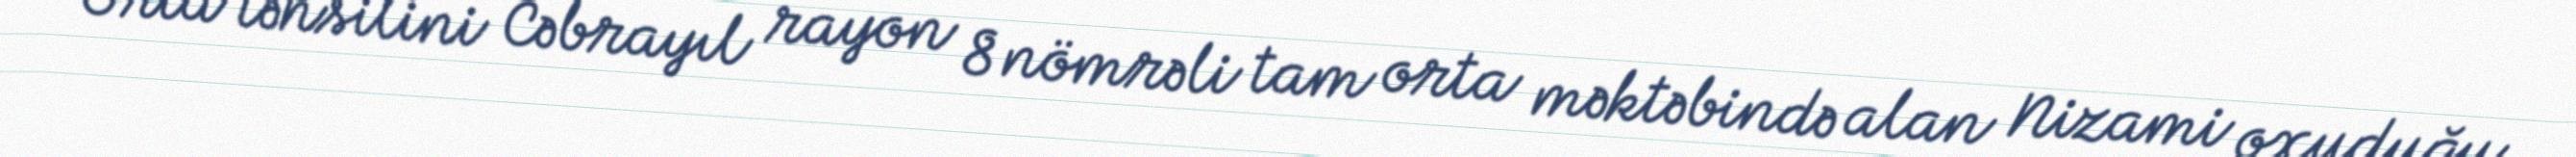
Orta təhsilini Cəbrayıl rayon 8 nömrəli tam orta məktəbində alan Nizami oxuduğu